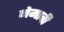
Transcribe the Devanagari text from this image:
नेमावी